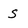
Character: S